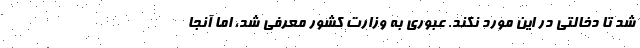
شد تا دخالتی در این مورد نکند. عبوری به وزارت کشور معرفی شد، اما آنجا